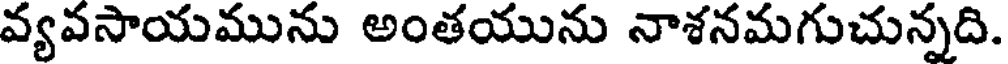
వ్యవసాయమును అంతయును నాశనమగుచున్నది.